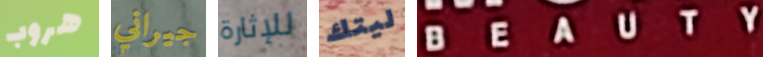
هروب جيراني للإثارة ليتك BEAUTY